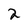
Character: 2